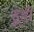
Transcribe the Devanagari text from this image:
हूही